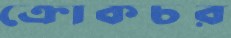
ক্রোকচর